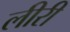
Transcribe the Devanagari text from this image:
लीरी